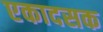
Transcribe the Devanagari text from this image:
एकादसक